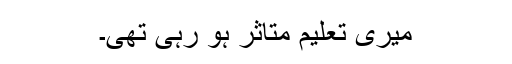
میری تعلیم متاثر ہو رہی تھی۔